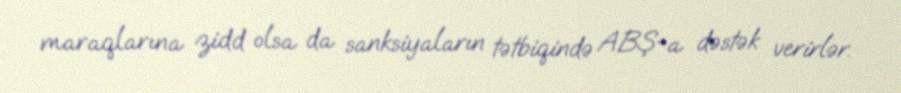
maraqlarına zidd olsa da sanksiyaların tətbiqində ABŞ-a dəstək verirlər.